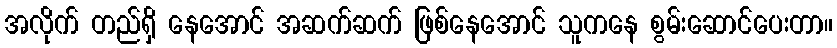
အလိုက် တည်ရှိ နေအောင် အဆက်ဆက် ဖြစ်နေအောင် သူကနေ စွမ်းဆောင်ပေးတာ။